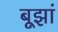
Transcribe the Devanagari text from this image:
बूझां